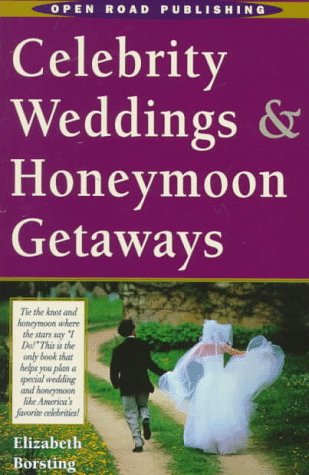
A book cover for Open Road's Celebrity Weddings & Honeymoon Getaways; Elizabeth Arrighi Borsting; Crafts, Hobbies & Home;